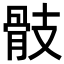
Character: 𩨝